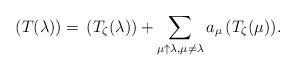
LaTeX: \begin{align*}\,(T(\lambda)) = \,(T_{\zeta}(\lambda)) + \sum_{\mu \uparrow \lambda, \mu \neq \lambda}a_{\mu}\, (T_{\zeta}(\mu)).\end{align*}